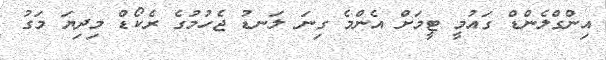
އިންގްލެންޑް ގައުމީ ޓީމަށް އެންމެ ގިނަ ލަނޑު ޖެހުމުގެ ރެކޯޑް މިދިޔަ މަގު